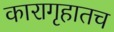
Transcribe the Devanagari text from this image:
कारागृहातच